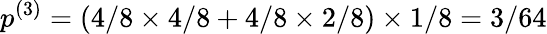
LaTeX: p^{(3)}=(4/8\times 4/8+4/8\times 2/8)\times 1/8=3/64